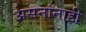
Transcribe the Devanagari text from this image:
असनांनाही